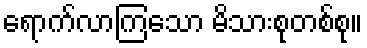
ရောက်လာကြသော မိသားစုတစ်စု။